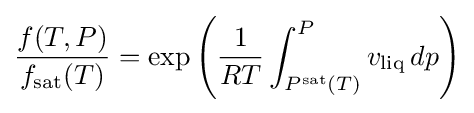
{\frac {f(T,P)}{f_{\text{sat}}(T)}}=\exp \left({\frac {1}{RT}}\int _{P^{\text{sat}}(T)}^{P}v_{\text{liq}}\,dp\right)